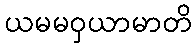
ယမမဝှယာမာတိ